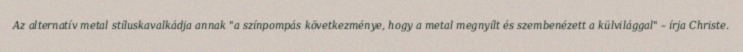
Az alternatív metal stíluskavalkádja annak "a színpompás következménye, hogy a metal megnyílt és szembenézett a külvilággal" – írja Christe.